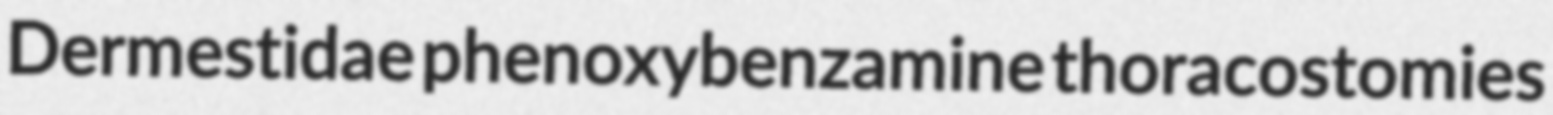
Dermestidae phenoxybenzamine thoracostomies